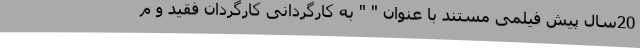
20سال پیش فیلمی مستند با عنوان " " به کارگردانی کارگردان فقید و م